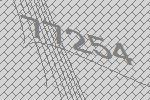
77254